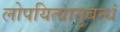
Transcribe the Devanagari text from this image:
लोपयित्वानुबन्धं